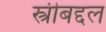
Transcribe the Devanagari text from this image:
स्त्रीबद्दल